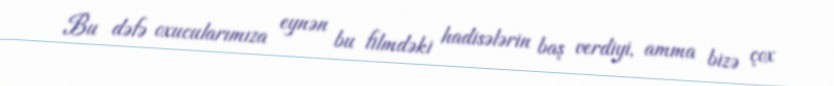
Bu dəfə oxucularımıza eynən bu filmdəki hadisələrin baş verdiyi, amma bizə çox